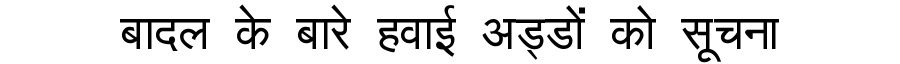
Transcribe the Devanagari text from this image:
बादल के बारे हवाई अड्डों को सूचना